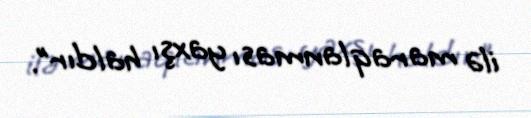
ilə maraqlanması yaxşı haldır”.